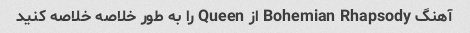
آهنگ Bohemian Rhapsody از Queen را به طور خلاصه خلاصه کنید